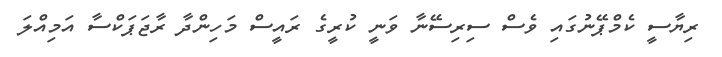
ރިޔާސީ ކެމްޕޭނުގައި ވެސް ސިރިސޭނާ ވަނީ ކުރީގެ ރައީސް މަހިންދާ ރާޖަޕަކްސާ އަމިއްލަ